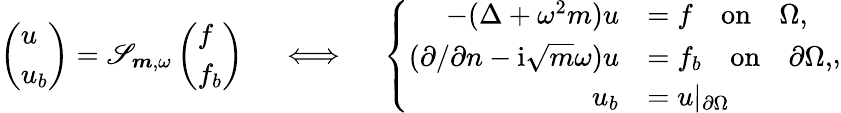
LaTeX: \begin{array}{r}{\left(\begin{array}{l}{u}\\ {u_{b}}\end{array}\right)={\mathscr{S}}_{\boldsymbol{m},\omega}\left(\begin{array}{l}{f}\\ {f_{b}}\end{array}\right)\quad\iff\quad\left\{ \begin{array}{rl}{-(\Delta+\omega^{2}{m})u}&{=f\quad\mathrm{on}\quad\Omega,}\\ {(\partial/\partial n-\mathrm{i}\sqrt{m}\omega)u}&{=f_{b}\quad\mathrm{on}\quad\partial\Omega,}\\ {u_{b}}&{=u\vert_{\partial\Omega}}\end{array}\right.,}\end{array}